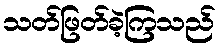
သတ်ဖြတ်ခဲ့ကြသည်